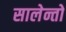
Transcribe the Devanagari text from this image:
सालेन्तो